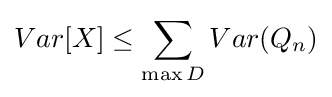
Var[X]\leq \sum _{\max D}Var(Q_{n})